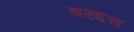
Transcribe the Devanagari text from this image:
वरदत्त